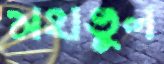
মহাভুল